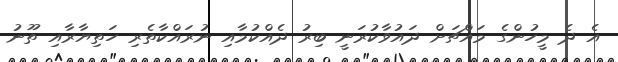
އެ ދެ މީހުންގެ މައްޗަށް ދައުވާކުރަނީ ބިރު ދެއްކުމާއި ނުރައްކާތެރި ހަތިޔާރާއި ތޫނު